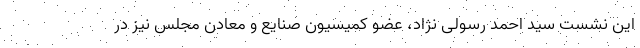
این نشست سید احمد رسولی نژاد، عضو کمیسیون صنایع و معادن مجلس نیز در